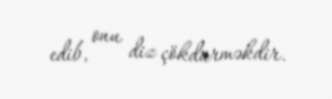
edib, onu diz çökdürməkdir.